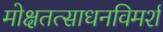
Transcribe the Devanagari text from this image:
मोक्षतत्साधनविमर्श